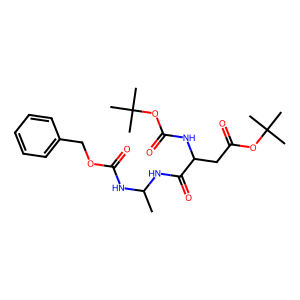
SMILES: CC(NC(=O)OCc1ccccc1)NC(=O)C(CC(=O)OC(C)(C)C)NC(=O)OC(C)(C)C
Inhibits HIV replication: No